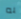
به